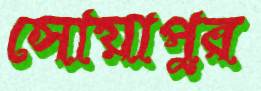
সোয়াপুর